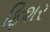
ફિશર